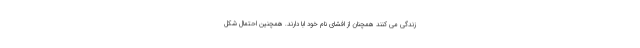
زندگی می کنند همچنان از افشای نام خود ابا دارند. همچنین احتمال شکل